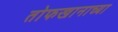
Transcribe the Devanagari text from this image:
तोफखानाच्या